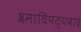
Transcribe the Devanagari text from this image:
श्रमाधिपत्यवाद